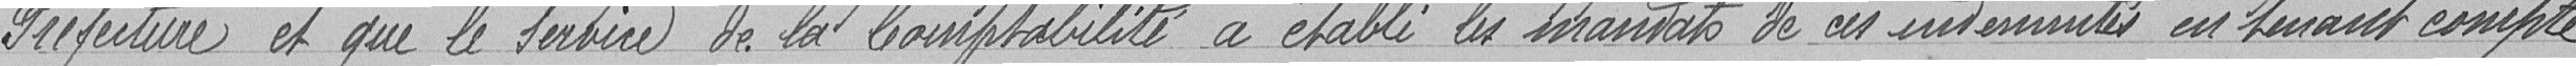
Préfecture et que le service de la comptabilité a établi les mandats de ces indemnités en tenant compte